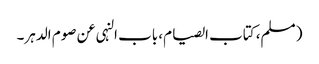
( مسلم، کتاب الصیام، باب النہی عن صوم الدہر۔